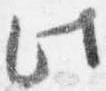
此